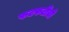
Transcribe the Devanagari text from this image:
फटफटींची